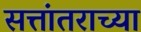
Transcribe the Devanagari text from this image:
सत्तांतराच्या